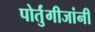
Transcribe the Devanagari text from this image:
पोर्तुंगीजांनी